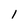
Character: 1